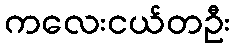
ကလေးငယ်တဦး